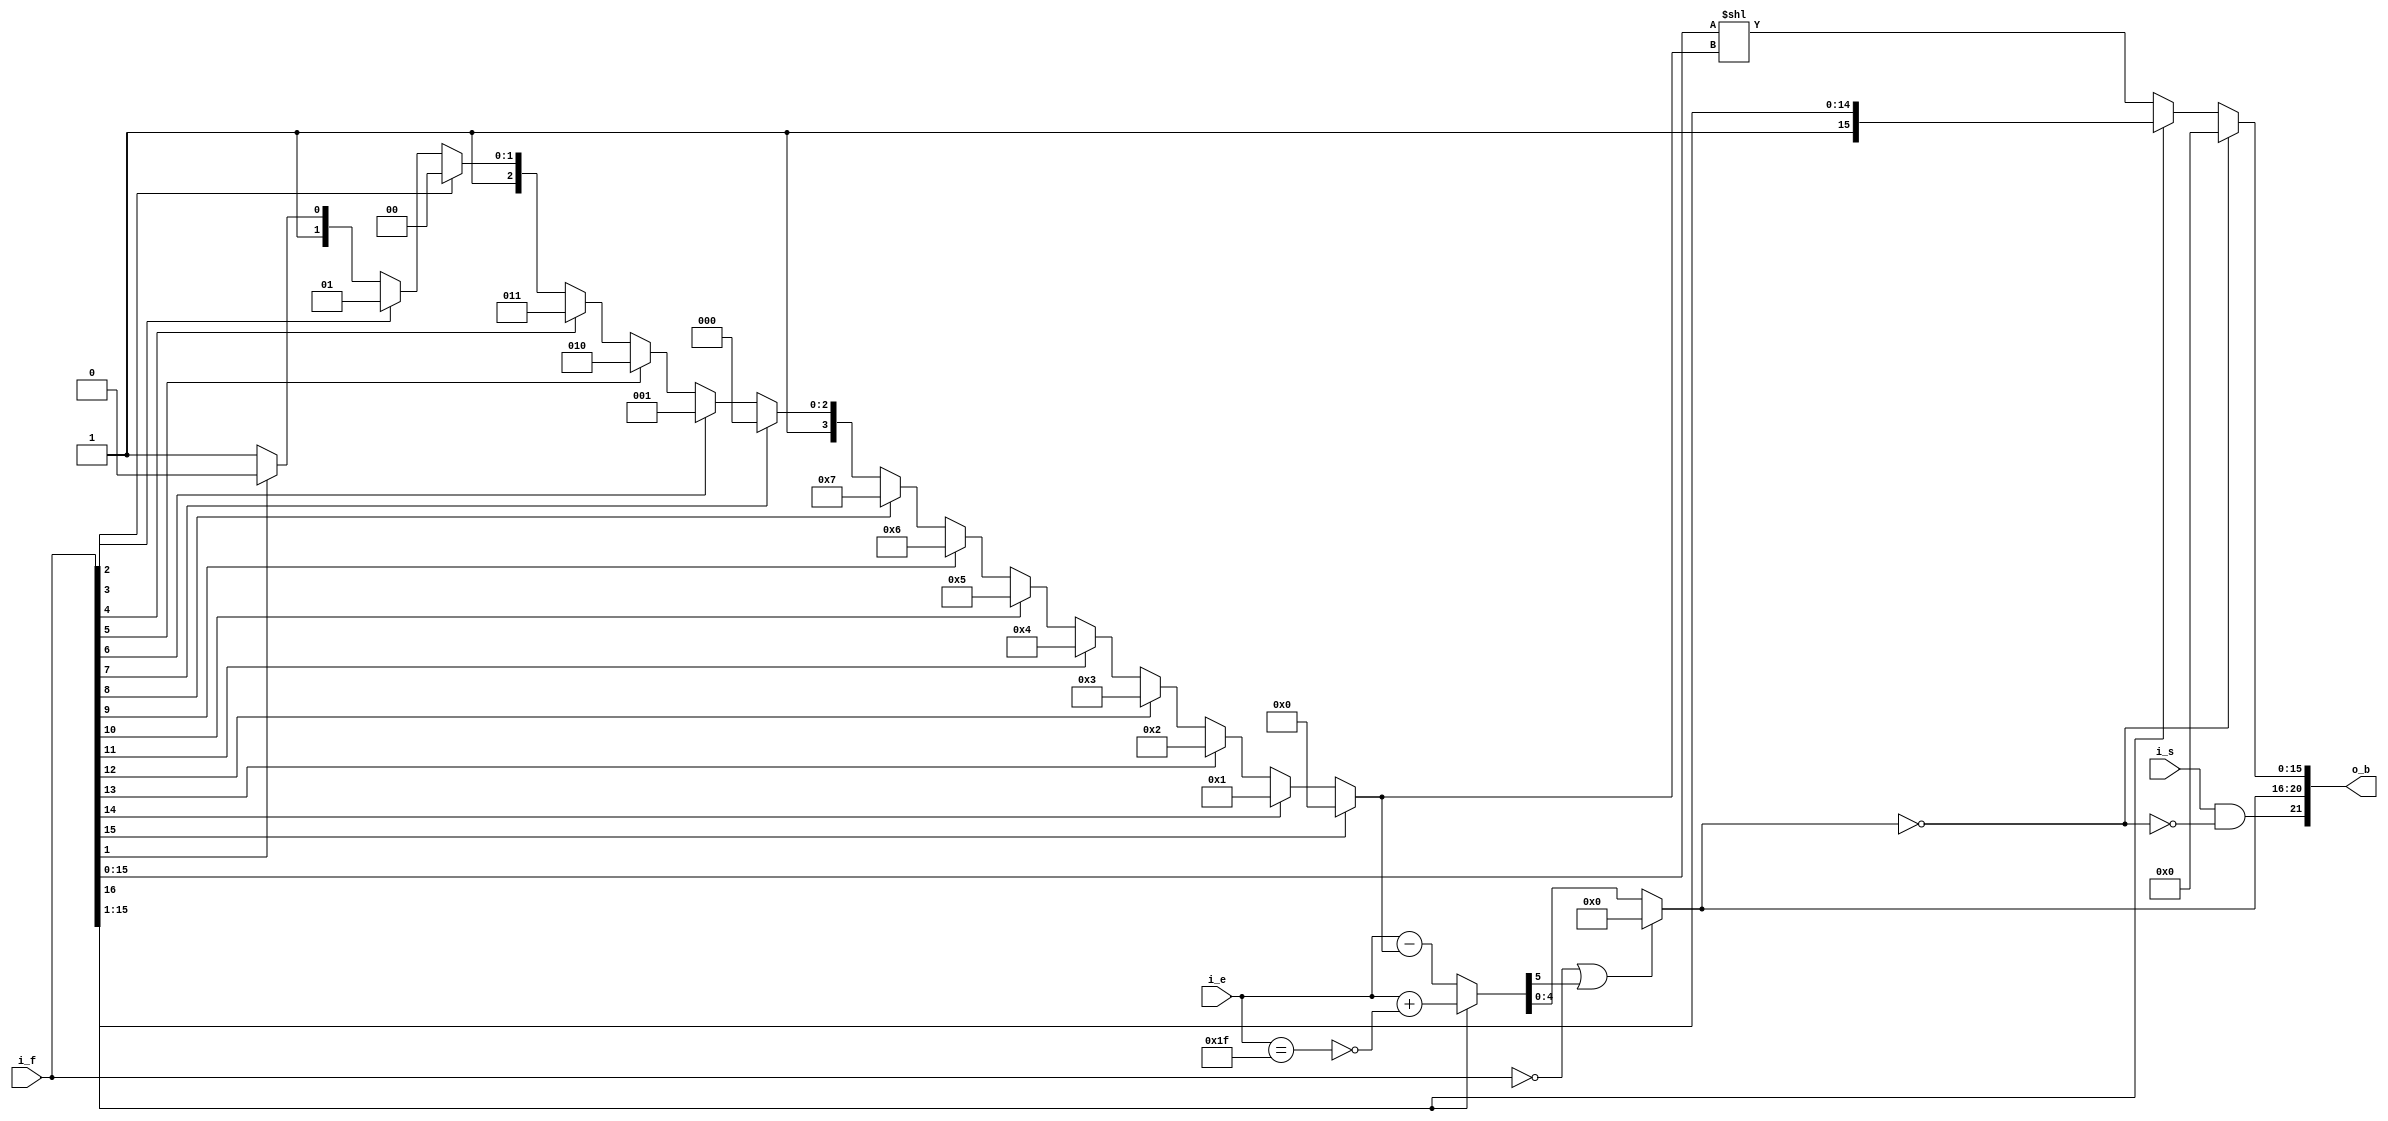
//=======================================================================
// Project Polyphony
//
// File:
//   fm_3d_norm.v
//
// Abstract:
//   floating point normalize finction
//
//  Created:
//    28 August 2008
//
// Copyright (c) 2008  Kenji Ishimaru, All rights reserved.
//
//======================================================================
//
// Copyright (c) 2020, Kenji Ishimaru
// All rights reserved.
//
// Redistribution and use in source and binary forms, with or without
// modification, are permitted provided that the following conditions are met:
//
//  -Redistributions of source code must retain the above copyright notice,
//   this list of conditions and the following disclaimer.
//  -Redistributions in binary form must reproduce the above copyright notice,
//   this list of conditions and the following disclaimer in the documentation
//   and/or other materials provided with the distribution.
//
// THIS SOFTWARE IS PROVIDED BY THE COPYRIGHT HOLDERS AND CONTRIBUTORS "AS IS"
// AND ANY EXPRESS OR IMPLIED WARRANTIES, INCLUDING, BUT NOT LIMITED TO,
// THE IMPLIED WARRANTIES OF MERCHANTABILITY AND FITNESS FOR A PARTICULAR
// PURPOSE ARE DISCLAIMED. IN NO EVENT SHALL THE COPYRIGHT HOLDER OR
// CONTRIBUTORS BE LIABLE FOR ANY DIRECT, INDIRECT, INCIDENTAL, SPECIAL,
// EXEMPLARY, OR CONSEQUENTIAL DAMAGES (INCLUDING, BUT NOT LIMITED TO,
// PROCUREMENT OF SUBSTITUTE GOODS OR SERVICES; LOSS OF USE, DATA, OR PROFITS;
// OR BUSINESS INTERRUPTION) HOWEVER CAUSED AND ON ANY THEORY OF LIABILITY,
// WHETHER IN CONTRACT, STRICT LIABILITY, OR TORT (INCLUDING NEGLIGENCE OR
// OTHERWISE) ARISING IN ANY WAY OUT OF THE USE OF THIS SOFTWARE,
// EVEN IF ADVISED OF THE POSSIBILITY OF SUCH DAMAGE.
//

module fm_3d_norm (
  i_s,
  i_e,
  i_f,
  o_b
);

///////////////////////////////////////////
//  port definition
///////////////////////////////////////////
    input         i_s;          // input s1, e5, f2.15
    input  [4:0]  i_e;          // input s1, e5, f2.15
    input  [16:0] i_f;          // input s1, e5, f2.15
    output [21:0] o_b;          // normalized out
///////////////////////////////////////////
//  wire definition
///////////////////////////////////////////
    // intermidiate wire
    wire        w_carry;       // fraction carry bit
    wire [3:0]  w_penc;        // result of priority encode
    wire        w_c_zero;      // fraction zero flag
    wire        w_ce_zero;     // exp zero flag
    wire [15:0] w_lshifted;    // left shifted fraction value
    wire [4:0]  w_lshift_val;  // left shift value
    wire [15:0] w_c_fraction;
    wire [15:0] w_c_frac;
    wire [4:0]  w_c_exp;       // normalized final exp
    wire        w_c_sign;      // final exp
    wire [5:0]  w_incdec_out;  // result of exp incdec

///////////////////////////////////////////
//  assign statement
///////////////////////////////////////////
    assign w_carry  = i_f[16];
// normalize

    // fraction zero flag
    assign w_c_zero = (i_f == 17'h0);

    // fraction priority encode
    // synthesis attribute priority_extract of w_penc is yes;
    assign w_penc = f_prenc(i_f[15:0]);

    // if w_incdec_out[5] == 1, under flow
    assign w_incdec_out = f_incdec(i_e, w_penc, w_carry);

    // left shift value for normalize
    assign  w_lshift_val = w_penc;
    // left shift for nornamize
    assign w_lshifted = i_f[15:0] << w_lshift_val;
    // decide final fraction
    assign w_c_frac = (w_carry) ? i_f[16:1] : w_lshifted;
    // decide final exp
    assign w_c_exp = (w_c_zero|w_incdec_out[5]) ? 5'h0 : w_incdec_out[4:0];
    // exp zero flag
    assign w_ce_zero = (w_c_exp == 5'h0);
    // decide final sign
    assign w_c_sign = i_s & !w_ce_zero;
    // decide final fraction
    assign w_c_fraction = (w_ce_zero) ? 16'h0 : w_c_frac;

    // output port connection
    assign o_b = {w_c_sign, w_c_exp, w_c_fraction};

///////////////////////////////////////////
//  function statement
///////////////////////////////////////////
function [3:0] f_prenc;
  input [15:0] mat;
  begin
    if (mat[15] == 1'b1) begin
      f_prenc = 4'h0;
    end else if (mat[14] == 1'b1) begin
      f_prenc = 4'h1;
    end else if (mat[13] == 1'b1) begin
      f_prenc = 4'h2;
    end else if (mat[12] == 1'b1) begin
      f_prenc = 4'h3;
    end else if (mat[11] == 1'b1) begin
      f_prenc = 4'h4;
    end else if (mat[10] == 1'b1) begin
      f_prenc = 4'h5;
    end else if (mat[9] == 1'b1) begin
      f_prenc = 4'h6;
    end else if (mat[8] == 1'b1) begin
      f_prenc = 4'h7;
    end else if (mat[7] == 1'b1) begin
      f_prenc = 4'h8;
    end else if (mat[6] == 1'b1) begin
      f_prenc = 4'h9;
    end else if (mat[5] == 1'b1) begin
      f_prenc = 4'ha;
    end else if (mat[4] == 1'b1) begin
      f_prenc = 4'hb;
    end else if (mat[3] == 1'b1) begin
      f_prenc = 4'hc;
    end else if (mat[2] == 1'b1) begin
      f_prenc = 4'hd;
    end else if (mat[1] == 1'b1) begin
      f_prenc = 4'he;
    end else begin
      f_prenc = 4'hf;
    end
  end
endfunction

function [5:0] f_incdec;
  input [4:0] a;
  input [3:0] b;
  input       inc;
  reg   [5:0] r_inc;
  reg   [5:0] r_dec;
  reg         r_1f_flag;
  begin
    r_1f_flag = (a == 5'h1f);
    r_inc = a + !r_1f_flag;
    r_dec = a - b;
    f_incdec = (inc) ? r_inc : r_dec;
/*
    if (inc) begin
      if (a == 5'h1f) f_incdec = a;
      else f_incdec = a + 1'b1;
    end else begin
      f_incdec = a - b;
    end
*/
  end
endfunction

endmodule